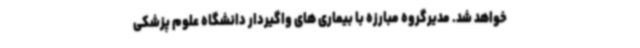
خواهد شد. مدیرگروه مبارزه با بیماری های واگیردار دانشگاه علوم پزشکی